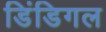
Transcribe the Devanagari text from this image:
डिंडिगल